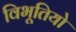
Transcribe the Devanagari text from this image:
विभूतियो